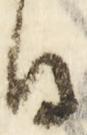
間